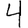
Digit: 4